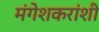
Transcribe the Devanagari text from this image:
मंगेशकरांशी